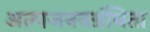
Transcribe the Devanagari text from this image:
अल्पजननग्रंथिता